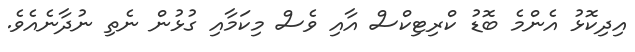
އިދިކޮޅު އެންމެ ބޮޑު ކްރިޓިކްސް އާއި ވެސް މިކަމާއި ގުޅުން ނެތި ނުދާނެއެވެ.